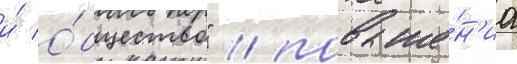
и́ о́бщество" / повыше́н'иа